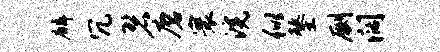
麟冗碧磨寰浣似鏊劂阔